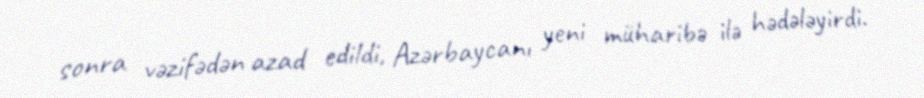
sonra vəzifədən azad edildi, Azərbaycanı yeni müharibə ilə hədələyirdi.